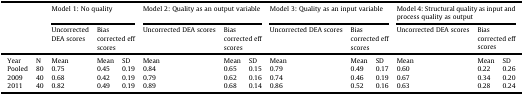
| <COLSPAN=2>  | <COLSPAN=3> Model 1: No quality | <COLSPAN=3> Model 2: Quality as an output variable | <COLSPAN=3> Model 3: Quality as an input variable | <COLSPAN=3> Model 4: Structural quality as input and process quality as output |
 | UncorrectedDEA scores | <COLSPAN=2> Bias corrected eff scores | Uncorrected DEA scores | <COLSPAN=2> Bias corrected eff scores | Uncorrected DEA scores | <COLSPAN=2> Bias corrected eff scores | Uncorrected DEA scores | <COLSPAN=2> Bias corrected eff scores |
 | --- | --- | --- | --- | --- | --- | --- | --- | --- | --- | --- | --- | --- | --- |
 | Year | N | Mean | Mean | SD | Mean | Mean | SD | Mean | Mean | SD | Mean | Mean | SD |
 | Pooled | 80 | 0.75 | 0.45 | 0.19 | 0.84 | 0.65 | 0.15 | 0.79 | 0.49 | 0.17 | 0.60 | 0.22 | 0.26 |
 | 2009 | 40 | 0.68 | 0.42 | 0.19 | 0.79 | 0.62 | 0.16 | 0.74 | 0.46 | 0.19 | 0.67 | 0.34 | 0.20 |
 | 2011 | 40 | 0.82 | 0.49 | 0.19 | 0.89 | 0.68 | 0.14 | 0.86 | 0.52 | 0.16 | 0.63 | 0.28 | 0.24 |